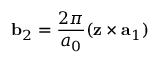
{ \bf b } _ { 2 } = \frac { 2 \pi } { a _ { 0 } } ( { \bf z } \times { \bf a } _ { 1 } )